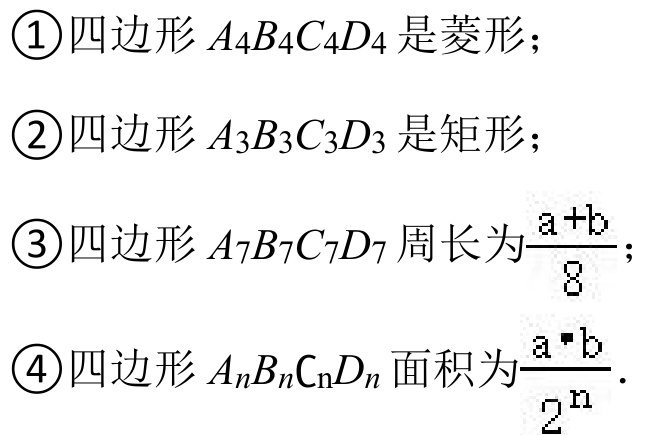
\textcircled{1}四边形 \(A_{4}B_{4}C_{4}D_{4}\) 是菱形；
\textcircled{2}四边形 \(A_{3}B_{3}C_{3}D_{3}\) 是矩形；
\textcircled{3}四边形 \(A_{7}B_{7}C_{7}D_{7}\) 周长为\(\frac{a + b}{8}\)；
\textcircled{4}四边形 \(A_{n}B_{n}C_{n}D_{n}\) 面积为\(\frac{a\cdot b}{2^{n}}\)．